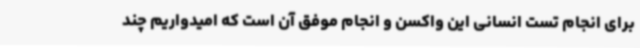
برای انجام تست انسانی این واکسن و انجام موفق آن است که امیدواریم چند